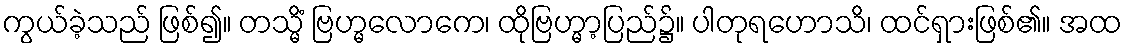
ကွယ်ခဲ့သည် ဖြစ်၍။ တသ္မိံ ဗြဟ္မလောကေ၊ ထိုဗြဟ္မာ့ပြည်၌။ ပါတုရဟောသိ၊ ထင်ရှားဖြစ်၏။ အထ